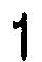
1